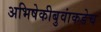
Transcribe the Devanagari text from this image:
अभिषेकीबुवांकडेच